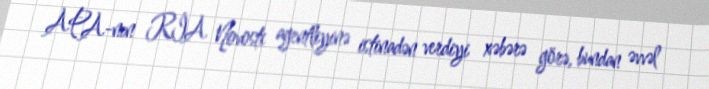
APA-nın RİA Novosti agentliyinə istinadən verdiyi xəbərə görə, bundan əvvəl